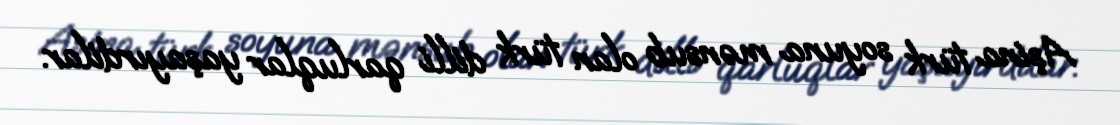
Aşina türk soyuna mənsub olan türk dilli qarluqlar yaşayırdilar.